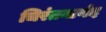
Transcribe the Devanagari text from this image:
चिरंतनानंद